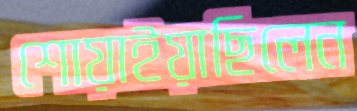
শোয়াইয়াছিলেন